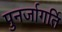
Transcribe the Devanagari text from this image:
पुनर्जागर्ति